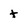
Character: t